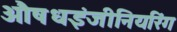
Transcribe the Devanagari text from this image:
औषधइंजीनियरिंग